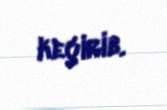
keçirib.